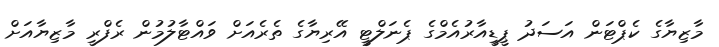
މާޒިޔާގެ ކެޕްޓަން އަސަދު ޕީޑީއާރުއެމްގެ ޕެނަލްޓީ އޭރިޔާގެ ތެރެއަށް ވައްޓާލުމުން ރެފްރީ މާޒިޔާއަށް